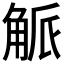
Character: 𮗯